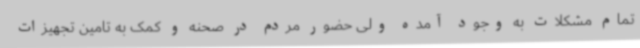
تمام مشکلات به وجود آمده ولی حضور مردم در صحنه و کمک به تامین تجهیزات